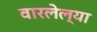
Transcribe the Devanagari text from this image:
वारलेल्या